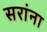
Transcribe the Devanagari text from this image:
सरांना